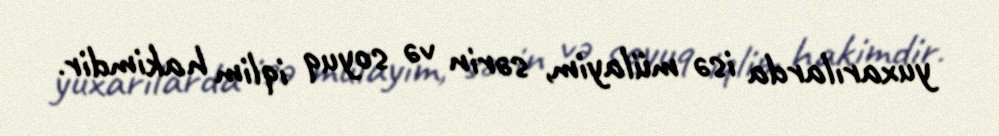
yuxarılarda isə mülayim, sərin və soyuq iqlim hakimdir.